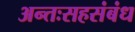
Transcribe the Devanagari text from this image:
अन्तःसहसंबंध